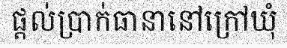
ផ្តល់ប្រាក់ធានានៅក្រៅឃុំ